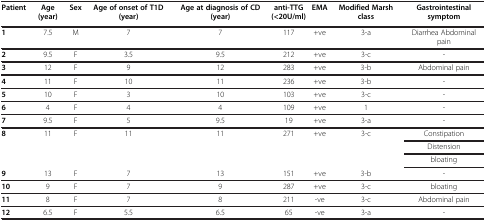
| Patient | Age(year) | Sex | Age of onset of T1D(year) | Age at diagnosis of CD (year) | anti-TTG(<20U/ml) | EMA | Modified Marsh class | Gastrointestinal symptom |
 | --- | --- | --- | --- | --- | --- | --- | --- | --- |
 | 1 | 7.5 | M | 7 | 7 | 117 | +ve | 3-a | Diarrhea Abdominal pain |
 | 2 | 9.5 | F | 3.5 | 9.5 | 212 | +ve | 3-c | - |
 | 3 | 12 | F | 9 | 12 | 283 | +ve | 3-b | Abdominal pain |
 | 4 | 11 | F | 10 | 11 | 236 | +ve | 3-b | - |
 | 5 | 10 | F | 3 | 10 | 103 | +ve | 3-c | - |
 | 6 | 4 | F | 4 | 4 | 109 | +ve | 1 | - |
 | 7 | 9.5 | F | 5 | 9.5 | 19 | +ve | 3-a | - |
 | <ROWSPAN=3> 8 | <ROWSPAN=3> 11 | <ROWSPAN=3> F | <ROWSPAN=3> 11 | <ROWSPAN=3> 11 | <ROWSPAN=3> 271 | <ROWSPAN=3> +ve | <ROWSPAN=3> 3-c | Constipation |
 | Distension |
 | bloating |
 | 9 | 13 | F | 7 | 13 | 151 | +ve | 3-b | - |
 | 10 | 9 | F | 7 | 9 | 287 | +ve | 3-c | bloating |
 | 11 | 8 | F | 7 | 8 | 211 | -ve | 3-c | Abdominal pain |
 | 12 | 6.5 | F | 5.5 | 6.5 | 65 | -ve | 3-a | - |